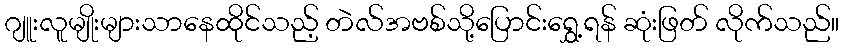
ဂျူးလူမျိုးများသာနေထိုင်သည့် တဲလ်အဗစ်သို့ပြောင်းရွှေ့ရန် ဆုံးဖြတ် လိုက်သည်။